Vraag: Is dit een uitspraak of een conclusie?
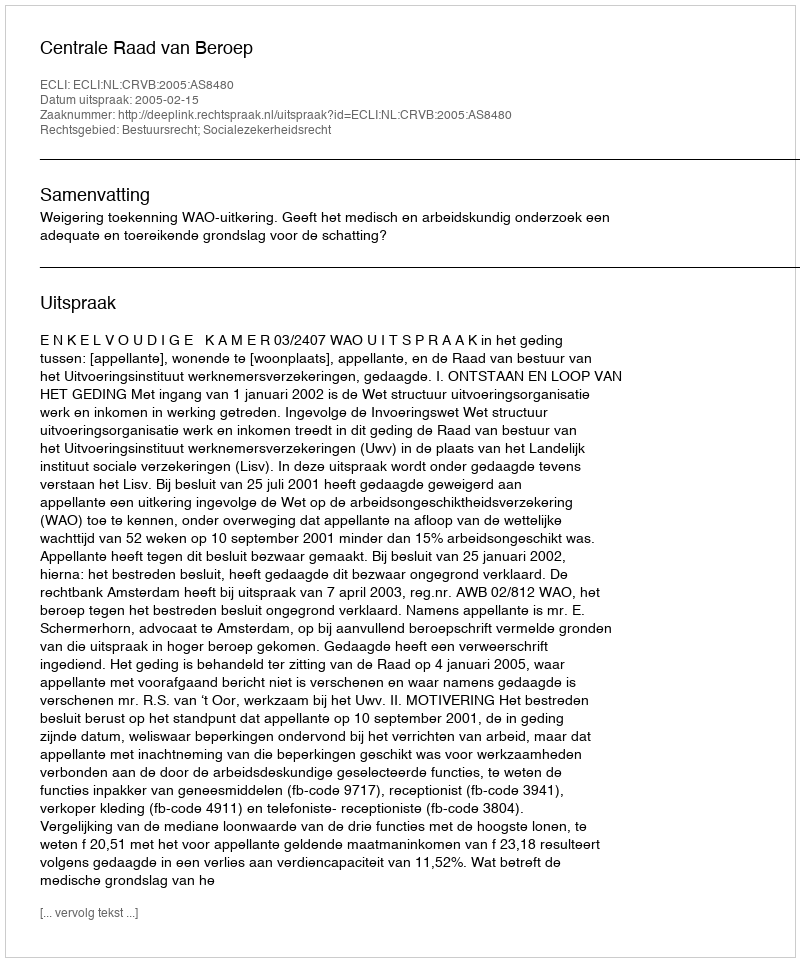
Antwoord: Uitspraak